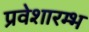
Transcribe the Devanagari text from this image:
प्रवेशारम्भ